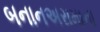
બનાનઅરામાના